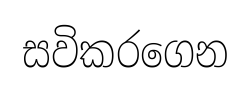
සවිකරගෙන